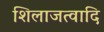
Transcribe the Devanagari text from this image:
शिलाजत्वादि